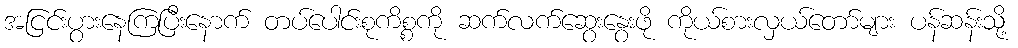
အငြင်းပွားနေကြပြီးနောက် တပ်ပေါင်းစုကိစ္စကို ဆက်လက်ဆွေးနွေးဖို ကိုယ်စားလှယ်တော်များ ပန်ဆန်းသို့